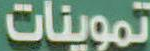
تموينات